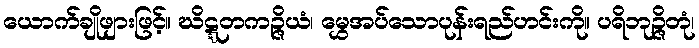
ယောက်ချိုဖျားဖြင့်။ ဃိဋ္ဋတကဉ္ဇိယံ၊ မွှေအပ်သောပုန်းရည်ဟင်းကို။ ပရိဘုဉ္ဇိတုံ၊